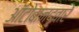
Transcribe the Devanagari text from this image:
ऑटोबानद्वारे